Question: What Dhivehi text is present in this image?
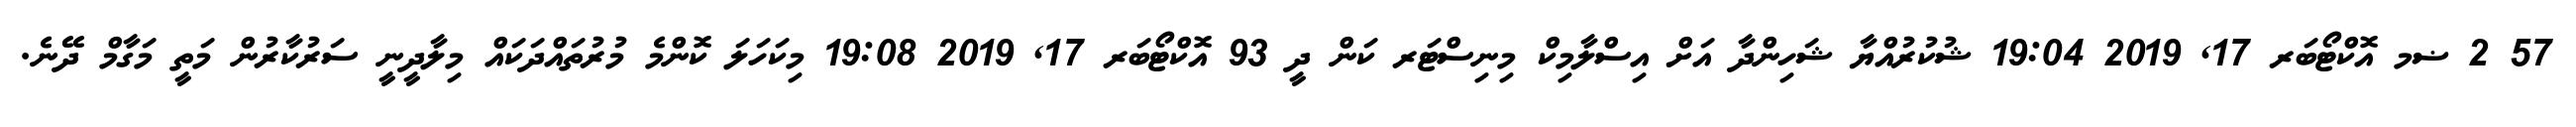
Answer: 57 2 ޟމ އޮކްޓޯބަރ 17, 2019 19:04 ޝުކުރުއްޔާ ޝަހިންދާ އަށް އިސްލާމިކް މިނިސްޓަރ ކަން ދީ 93 އޮކްޓޯބަރ 17, 2019 19:08 މިކަހަލަ ކޮންމެ މުރުތައްދަކައް މިލާދީނީ ސަރުކާރުން މަތީ މަގާމް ދޭނެ.